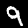
Label: 9